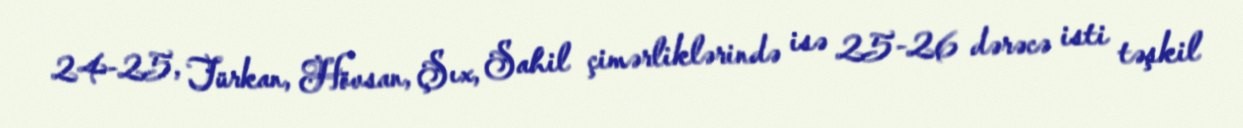
24-25, Türkan, Hövsan, Şıx, Sahil çimərliklərində isə 25-26 dərəcə isti təşkil